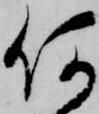
何